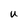
Character: U